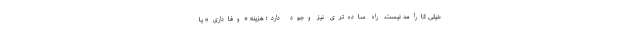
خیلی کارآمد نیست. راه ساده‌تری نیز وجود دارد؛ هزینه «وفاداری» یا